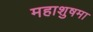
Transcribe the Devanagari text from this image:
महाशुषमा